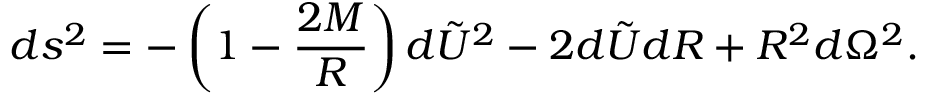
d s ^ { 2 } = - \left( 1 - \frac { 2 M } { R } \right) d \tilde { U } ^ { 2 } - 2 d \tilde { U } d R + R ^ { 2 } d \Omega ^ { 2 } .